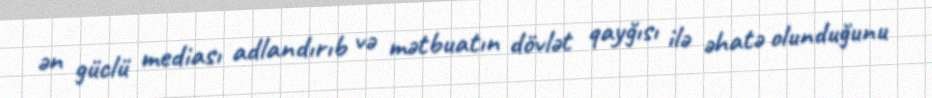
ən güclü mediası adlandırıb və mətbuatın dövlət qayğısı ilə əhatə olunduğunu